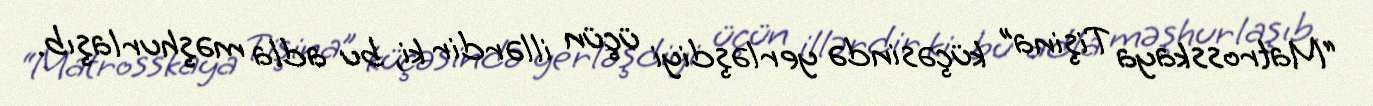
“Matrosskaya Tişina” küçəsində yerləşdiyi üçün illərdir ki, bu adla məşhurlaşıb.